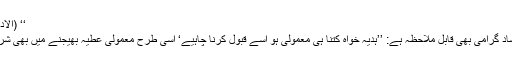
‘‘ (الادب المفرد‘ حدیث نمبر: ۵۹۴)
رسول اللہe کا حسب ذیل ارشاد گرامی بھی قابل ملاحظہ ہے: ’’ہدیہ خواہ کتنا ہی معمولی ہو اسے قبول کرنا چاہیے‘ اسی طرح معمولی عطیہ بھیجنے میں بھی شرم محسوس نہیں کرنا چاہیے۔